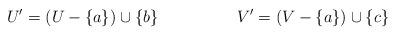
LaTeX: \begin{align*} U' &= (U-\{a\})\cup \{b\} & V' & = (V-\{a\})\cup \{c\} \end{align*}